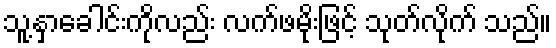
သူ့နှာခေါင်းကိုလည်း လက်ဖမိုးဖြင့် သုတ်လိုက် သည်။